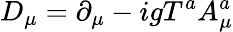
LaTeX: D_{\mu}=\partial_{\mu}-igT^{a}A_{\mu}^{a}